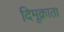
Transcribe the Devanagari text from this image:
दिमूक्राता